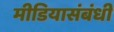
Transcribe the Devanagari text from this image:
मीडियासंबंधी